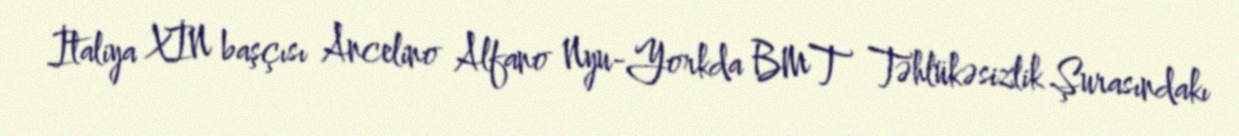
İtaliya XİN başçısı Ancelino Alfano Nyu-Yorkda BMT Təhlükəsizlik Şurasındakı